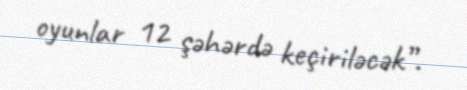
oyunlar 12 şəhərdə keçiriləcək”.